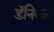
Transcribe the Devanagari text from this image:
डॅनिकन